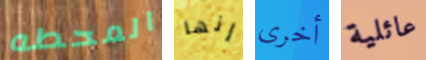
المحطه إنها أخرى عائلية